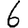
Digit: 6